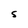
Character: S